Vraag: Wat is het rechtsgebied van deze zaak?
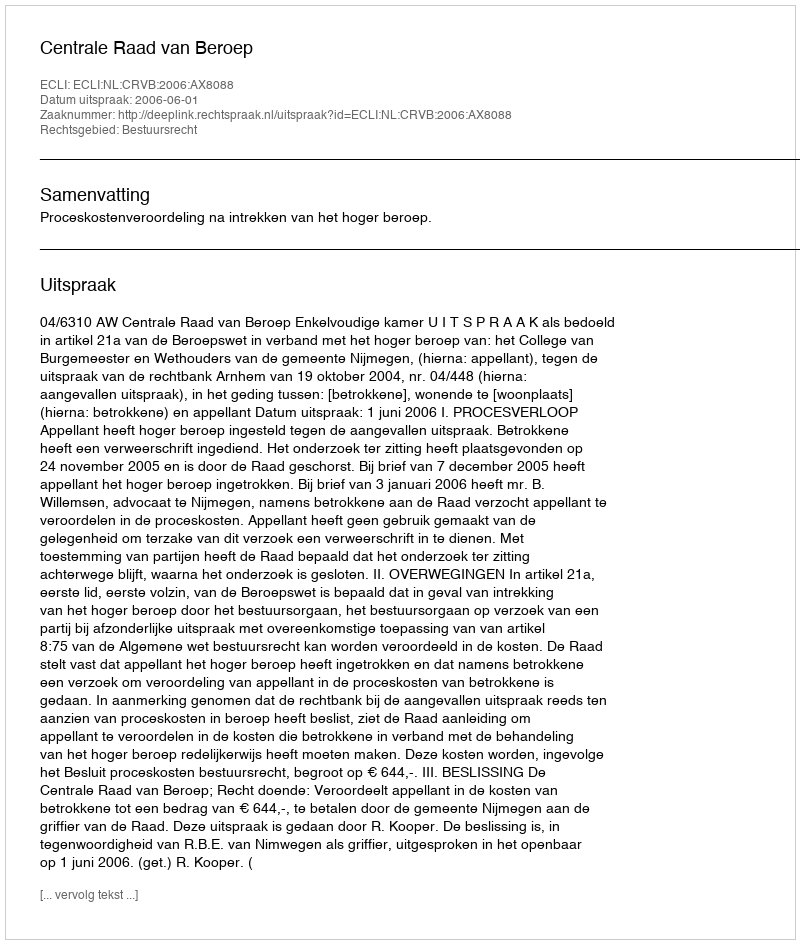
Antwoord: Bestuursrecht